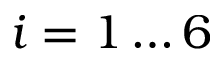
i = 1 \ldots 6